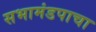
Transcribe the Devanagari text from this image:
सभामंडपाचा